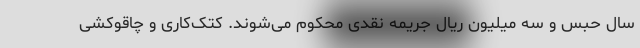
سال حبس و سه میلیون ریال جریمه نقدی محکوم می‌شوند. کتک‌کاری و چاقوکشی